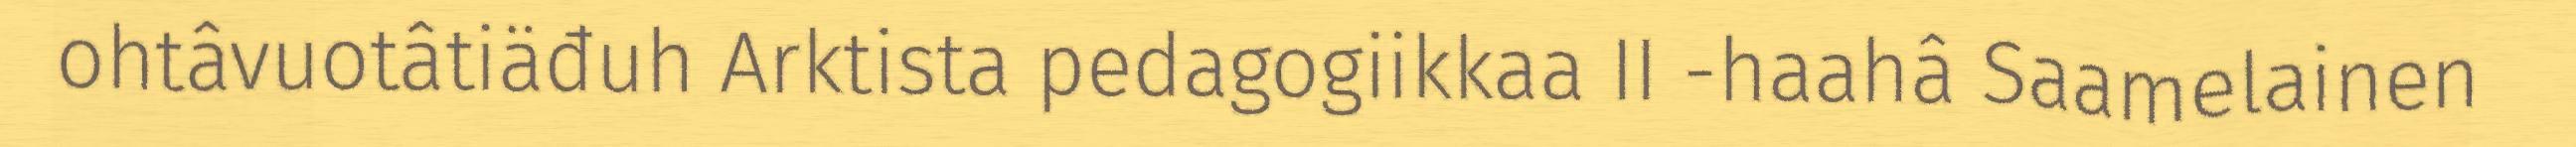
ohtâvuotâtiäđuh Arktista pedagogiikkaa II -haahâ Saamelainen